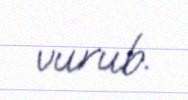
vurub.